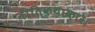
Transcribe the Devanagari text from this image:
नीतिकथाकार।